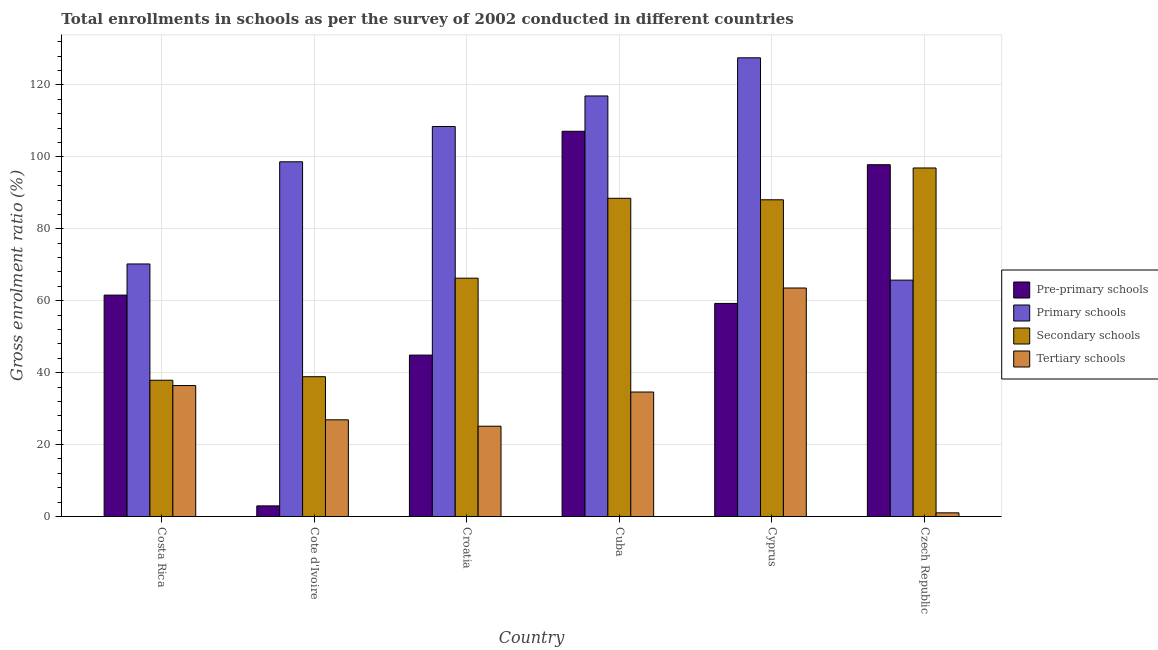
| Country | Pre-primary schools | Primary schools | Secondary schools | Tertiary schools |
 | --- | --- | --- | --- | --- |
 | Costa Rica | 61.6 | 70.2 | 37.9 | 36.4 |
 | Cote d'Ivoire | 2.95 | 98.6 | 38.9 | 26.9 |
 | Croatia | 44.9 | 108 | 66.3 | 25.1 |
 | Cuba | 107 | 117 | 88.5 | 34.6 |
 | Cyprus | 59.2 | 128 | 88.1 | 63.5 |
 | Czech Republic | 97.8 | 65.7 | 96.9 | 1.02 |